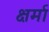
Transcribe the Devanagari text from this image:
क्षर्मा